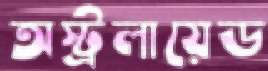
অস্ট্রলায়েড